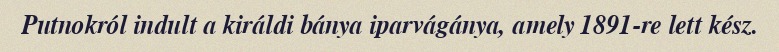
Putnokról indult a királdi bánya iparvágánya, amely 1891-re lett kész.